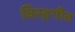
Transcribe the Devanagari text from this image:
विरहगीत